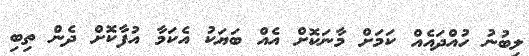
ލިބުނު ހުއްދައެއް ކަމަށް މާނަކޮށް އެއް ބަޔަކު އެކަމާ އުފާކޮށް ދެން ތިބި